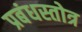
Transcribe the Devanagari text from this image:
प्रबंधस्तोत्र